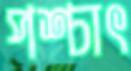
পশ্চাৎ